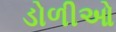
ડોળીઓ